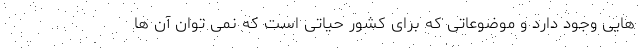
هایی وجود دارد و موضوعاتی که برای کشور حیاتی است که نمی توان آن ها